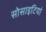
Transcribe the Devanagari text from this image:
सोसाइटियां